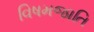
વિષમજાતિ